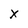
Character: x